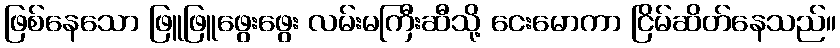
ဖြစ်နေသော ဖြူဖြူဖွေးဖွေး လမ်းမကြီးဆီသို့ ငေးမောကာ ငြိမ်ဆိတ်နေသည်။